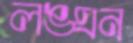
লঙ্ঘন